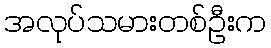
အလုပ်သမားတစ်ဦးက